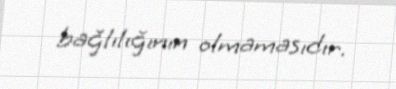
bağlılığının olmamasıdır.